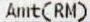
AMT(RM)